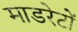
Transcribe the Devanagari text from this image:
माडरेटों